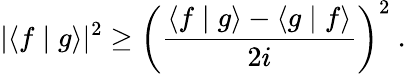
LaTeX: |\langle f\mid g\rangle|^{2}\geq{\bigg(}{\frac{\langle f\mid g\rangle-\langle g\mid f\rangle}{2i}}{\bigg)}^{2}~.